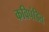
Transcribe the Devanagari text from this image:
कविपंडित